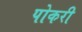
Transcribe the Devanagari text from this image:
पोकरी